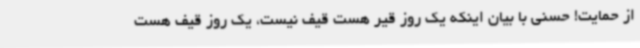
از حمایت! حسنی با بیان اینکه یک روز قیر هست قیف نیست، یک روز قیف هست